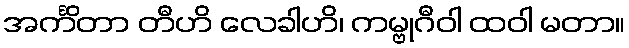
အင်္ကိတာ တီဟိ လေခါဟိ၊ ကမ္ဗုဂီဝါ ထဝါ မတာ။